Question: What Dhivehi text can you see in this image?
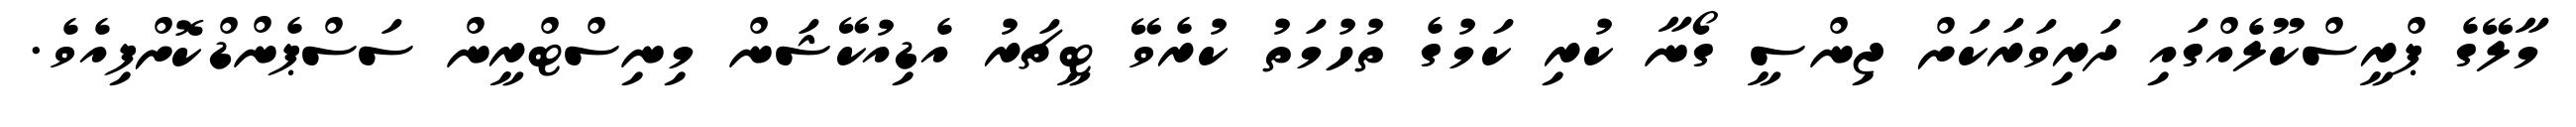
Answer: މާލޭގެ ޕްރީސްކޫލެއްގައި ދަރިވަރަކަށް ޖިންސީ ގޯނާ ކުރި ކަމުގެ ތުހުމަތު ކުރެވޭ ޓީޗަރު އެޑިއުކޭޝަން މިނިސްޓްރީން ސަސްޕެންޑްކޮށްފިއެވެ.